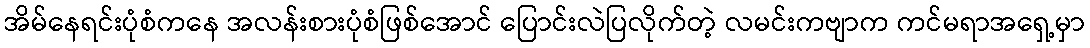
အိမ်နေရင်းပုံစံကနေ အလန်းစားပုံစံဖြစ်အောင် ပြောင်းလဲပြလိုက်တဲ့ လမင်းကဗျာက ကင်မရာအရှေ့မှာ